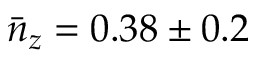
\bar { n } _ { z } = 0 . 3 8 \pm 0 . 2